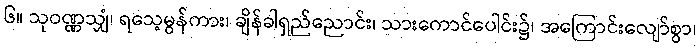
၆။ သုဝဏ္ဏသျှံ၊ ရသေ့မွန်ကား၊ ချိန်ခါရှည်ညောင်း၊ သားကောင်ပေါင်း၌၊ အကြောင်းလျော်စွာ၊